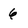
Character: 6